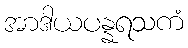
အာဒါယပန္နရသကံ